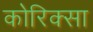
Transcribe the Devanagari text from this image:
कोरिक्सा